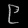
Digit: ၉